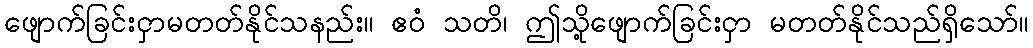
ဖျောက်ခြင်းငှာမတတ်နိုင်သနည်း။ ဧဝံ သတိ၊ ဤသို့ဖျောက်ခြင်းငှာ မတတ်နိုင်သည်ရှိသော်။